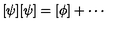
[ \psi ] [ \psi ] = [ \phi ] + \cdots